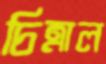
চিত্রাল